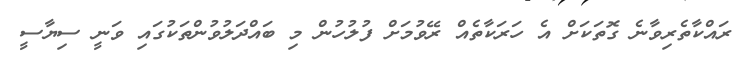
ރައްކާތެރިވާނެ ގޮތަކަށް އެ ހަރަކާތެއް ރޭވުމަށް ފުލުހުން މި ބައްދަލުވުންތަކުގައި ވަނީ ސިޔާސީ